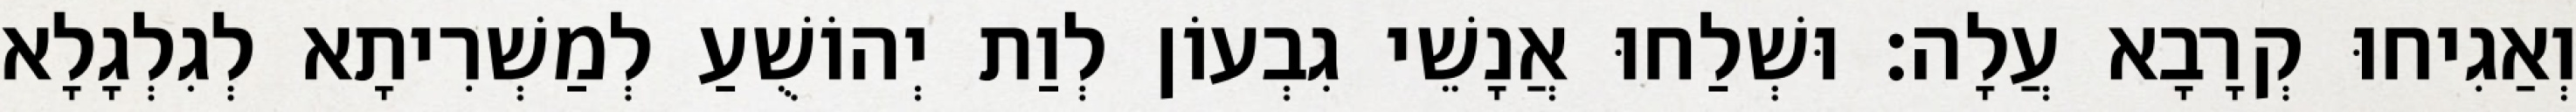
וְאַגִיחוּ קְרָבָא עֲלָה׃ וּשְׁלַחוּ אֲנָשֵׁי גִבְעוֹן לְוַת יְהוֹשֻׁעַ לְמַשְׁרִיתָא לְגִלְגָלָא